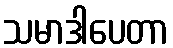
သမာဒါပေတာ